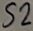
Text: S2